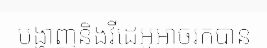
បង្ហាញនិងវីដេអូអាចរកបាន